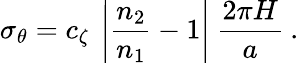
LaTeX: \sigma_{\theta}=c_{\zeta}\: \left|\frac{n_{2}}{n_{1}}-1\right|\: \frac{2\pi H}{a}\: .